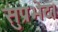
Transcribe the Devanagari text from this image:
सुप्रभेद।